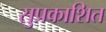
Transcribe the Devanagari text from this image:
सुप्रकाशित